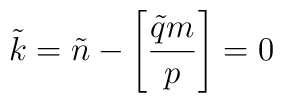
\tilde{k} = \tilde{n} -  \left[ {\tilde{q}m \over p}\right] = 0